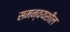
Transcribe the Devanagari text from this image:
समन्वयशील